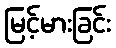
မြင့်မားခြင်း